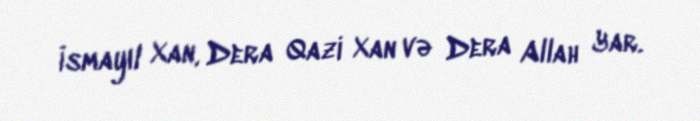
İsmayıl Xan, Dera Qazi Xan və Dera Allah Yar.